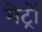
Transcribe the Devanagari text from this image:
मेट्रों